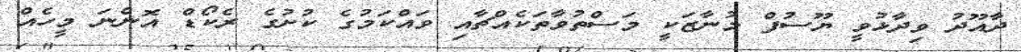
ދާއޫދު ވިދާޅުވީ ޔޫސުފް މުނާޒަކީ މަސްތުވާތަކެއްޗާއި ވައްކަމުގެ ކުށުގެ ރެކޯޑް އޮންނަ މީހެއް